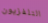
التلفزيون